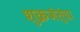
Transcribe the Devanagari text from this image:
शुक्रजंतूंचा